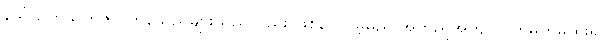
ဒေါ်သက်သက်ဇင် ကုန်သည်များသည်လည်း ဖြစ်ပေလိမ့်မည် အတည်အကျ လက်မှတ်မထိုး၍